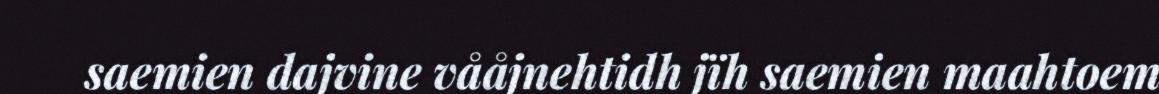
saemien dajvine vååjnehtidh jïh saemien maahtoem